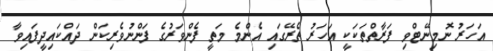
އަހަރު ނޮމިނޭޓްވި ފަރާތްތަކަކީ އަހަރު ތެރޭގައި އެންމެ މަތީ ފެންވަރުގެ ފަންނުވެރިކަން ދައްކައިދީފައިވާ